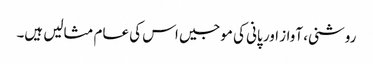
روشنی، آواز اور پانی کی موجیں اس کی عام مثالیں ہیں۔